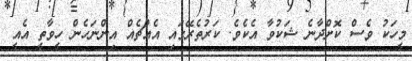
މީހަކު ވެސް ކޮށްދާނެ ޝަކުވާ އެކެވެ. ކަރުތެރޭގައި އެއްޗެއް އިންނަހެން ހީވާތީ އެއީ